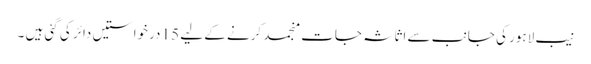
نیب لاہور کی جانب سے اثاثہ جات منجمد کرنے کے لیے 15 درخواستیں دائر کی گئی ہیں ۔